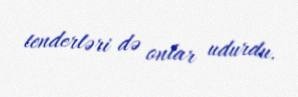
tenderləri də onlar udurdu.